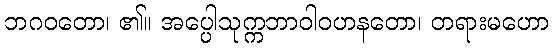
ဘဂဝတော၊ ၏။ အပ္ပေါသုက္ကဘာဝါဝဟနတော၊ တရားမဟော